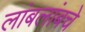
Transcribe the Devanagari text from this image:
लांबलांबचे